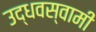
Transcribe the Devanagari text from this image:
उद्धवस्वामी